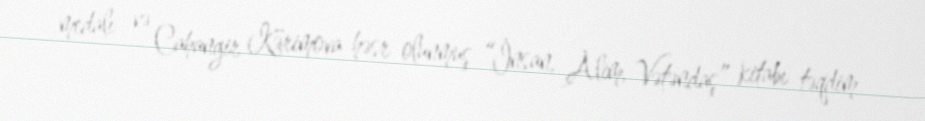
medalı və Cahangir Kərimova həsr olunmuş “İnsan, Alim, Vətəndaş” kitabı təqdim